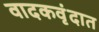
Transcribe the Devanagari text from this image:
वादकवृंदात